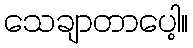
သေချာတာပေါ့။